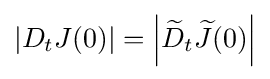
|D_{t}J(0)|=\left|{\widetilde {D}}_{t}{\widetilde {J}}(0)\right|